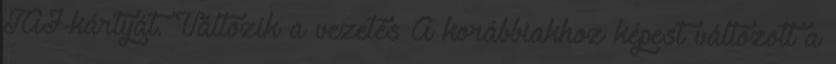
TAJ-kártyát. Változik a vezetés A korábbiakhoz képest változott a